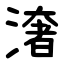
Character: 㵔